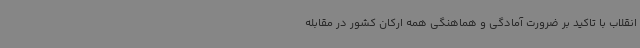
انقلاب با تاکید بر ضرورت آمادگی و هماهنگی همه ارکان کشور در مقابله